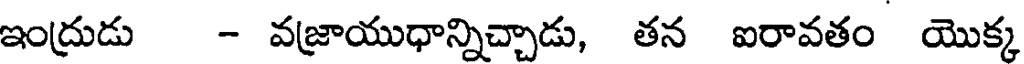
ఇంద్రుడు - వజ్రాయుధాన్నిచ్చాడు, తన ఐరావతం యొక్క